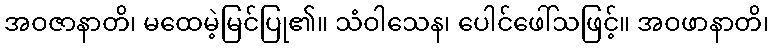
အဝဇာနာတိ၊ မထေမဲ့မြင်ပြု၏။ သံဝါသေန၊ ပေါင်ဖေါ်သဖြင့်။ အဝဖာနာတိ၊